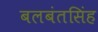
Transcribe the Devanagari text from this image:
बलबंतसिंह